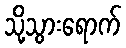
သို့သွားရောက်